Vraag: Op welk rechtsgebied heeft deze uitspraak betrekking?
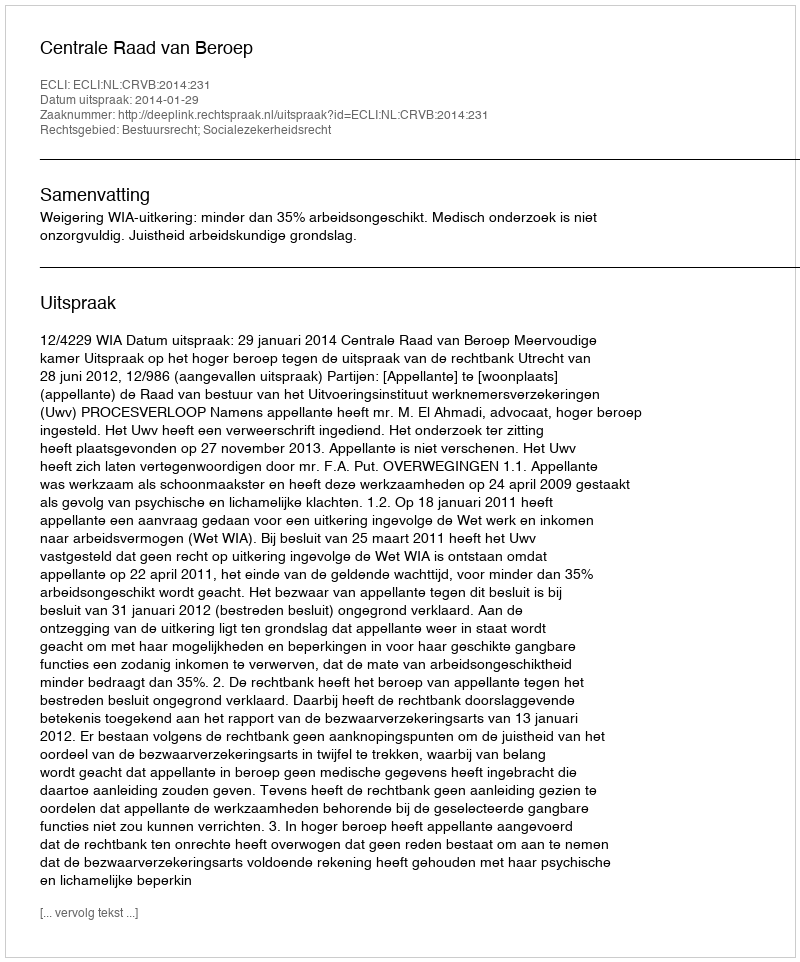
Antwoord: Bestuursrecht; Socialezekerheidsrecht